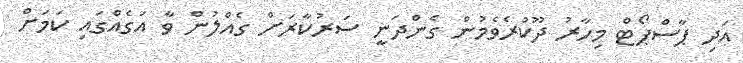
އަދި ޕާސްޕޯޓް މިހާރު ދޫކުރެވެމުން ގެންދަނީ ސަރުކާރަށް ގެއްލުން ވާ އަގެއްގައި ކަމަށް